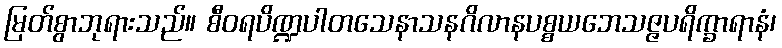
မြတ်စွာဘုရားသည်။ စီဝရပိဏ္ဍပါတသေနာသနဂိလာနပစ္စယဘေသဇ္ဇပရိက္ခာရာနံ၊